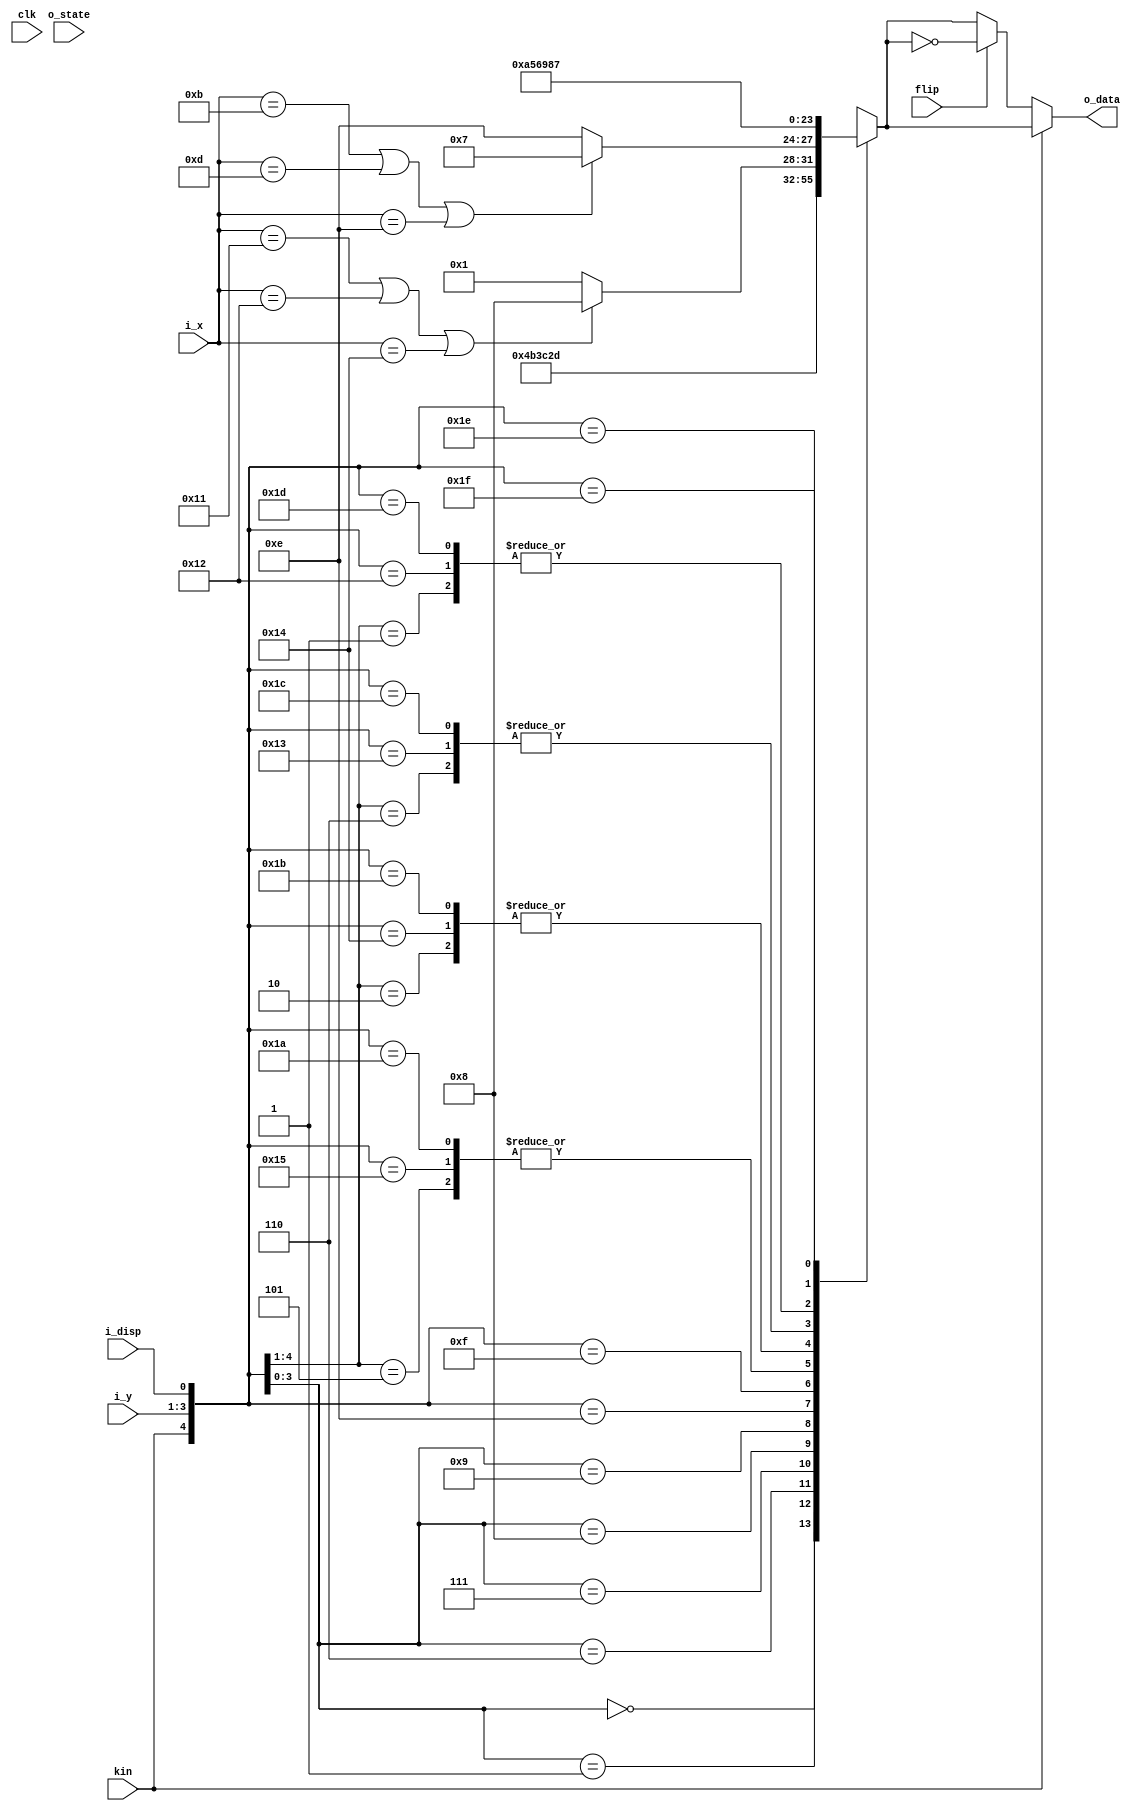
`timescale 1ns / 1ps

//3 bits to 4 bits Encoding Table 

module LUT_3_4(
    input           clk,
    input   [2:0]   i_y,        //  HGF
    output  [3:0]   o_data,     //  fghi
    input 	        i_disp,
    input           kin,
    input   [4:0]   i_x,
    input           flip,
    input           o_state

    );
    
    reg [3:0] o_data_reg;
    assign o_data = kin? o_data_reg: (flip? ~o_data_reg : o_data_reg);
     
    always @ (i_y or o_state) begin 
        casez({kin,i_y,i_disp})
            5'b?0000: o_data_reg <= 4'b0100;       //D.x.0 or K.x.0
            5'b?0001: o_data_reg <= 4'b1011;
            5'b0001?: o_data_reg <= 4'b1001;       //D.x.1
            5'b0010?: o_data_reg <= 4'b0101;       //D.x.2
            5'b?0110: o_data_reg <= 4'b0011;       //D.x.3 or K.x.3
            5'b?0111: o_data_reg <= 4'b1100;
            5'b?1000: o_data_reg <= 4'b0010;       //D.x.4  or K.x.4
            5'b?1001: o_data_reg <= 4'b1101;
            5'b0101?: o_data_reg <= 4'b1010;       //D.x.5
            5'b0110?: o_data_reg <= 4'b0110;       //D.x.6
            5'b01110: o_data_reg <= (i_x == 17)||(i_x == 18) ||(i_x == 20)?4'b1000: 4'b0001;   //D.x.7
            5'b01111: o_data_reg <= (i_x == 11)||(i_x == 13) ||(i_x == 14)?4'b0111: 4'b1110;           
            5'b10010: o_data_reg <= 4'b1001;     //K.x.1
            5'b10011: o_data_reg <= 4'b0110;
            5'b10100: o_data_reg <= 4'b0101;      //K.x.2
            5'b10101: o_data_reg <= 4'b1010;         
            5'b11010: o_data_reg <= 4'b1010;     //K.x.5
            5'b11011: o_data_reg <= 4'b0101;            
            5'b11100: o_data_reg <= 4'b0110;      //K.x.6
            5'b11101: o_data_reg <= 4'b1001;
            5'b11110: o_data_reg <= 4'b1000;       //K.x.7
            5'b11111: o_data_reg <= 4'b0111;           
            default: o_data_reg <= 4'b0011;         // some balance string (could use for invalid input err) 
        endcase
    end    
    
    
endmodule